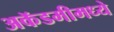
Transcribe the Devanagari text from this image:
अकॅडमीमध्ये